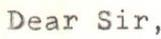
Dear Sir,